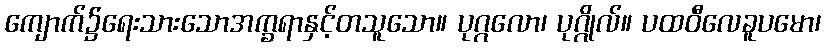
ကျောက်၌ရေးသားသောအက္ခရာနှင့်တသူသော။ ပုဂ္ဂလော၊ ပုဂ္ဂိုလ်။ ပထဝီလေခူပမော၊